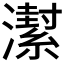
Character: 𱩱